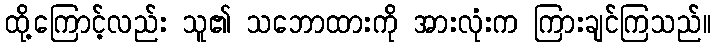
ထို့ကြောင့်လည်း သူ၏ သဘောထားကို အားလုံးက ကြားချင်ကြသည်။